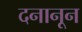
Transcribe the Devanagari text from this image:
दनानून